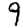
Digit: 9